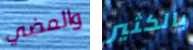
والمضي بالكثير